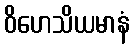
ဝိဟေသိယမာနံ